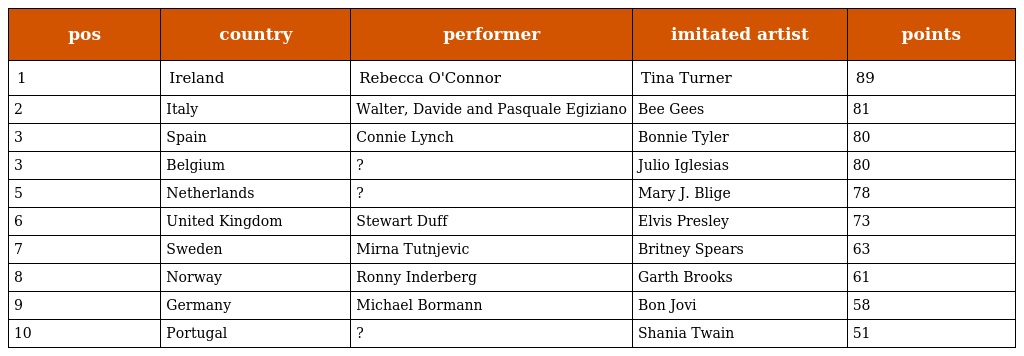
| pos | country | performer | imitated artist | points |
 | --- | --- | --- | --- | --- |
 | 1 | Ireland | Rebecca O'Connor | Tina Turner | 89 |
 | 2 | Italy | Walter, Davide and Pasquale Egiziano | Bee Gees | 81 |
 | 3 | Spain | Connie Lynch | Bonnie Tyler | 80 |
 | 3 | Belgium | ? | Julio Iglesias | 80 |
 | 5 | Netherlands | ? | Mary J. Blige | 78 |
 | 6 | United Kingdom | Stewart Duff | Elvis Presley | 73 |
 | 7 | Sweden | Mirna Tutnjevic | Britney Spears | 63 |
 | 8 | Norway | Ronny Inderberg | Garth Brooks | 61 |
 | 9 | Germany | Michael Bormann | Bon Jovi | 58 |
 | 10 | Portugal | ? | Shania Twain | 51 |